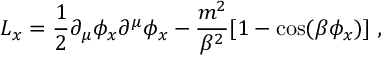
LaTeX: { \cal L } _ { x } = { \frac { 1 } { 2 } } \partial _ { \mu } \phi _ { x } \partial ^ { \mu } \phi _ { x } - { \frac { m ^ { 2 } } { \beta ^ { 2 } } } [ 1 - \cos ( \beta \phi _ { x } ) ] \; ,